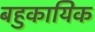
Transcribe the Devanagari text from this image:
बहुकायिक